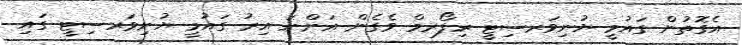
އެގޮތުން ގައުމީ ޔުނިވަރސިޓީ ރިފޯރމް ވެގެން އަންނަ އިރު ގައުމީ ޔުނިވަރސިޓީ ގައި